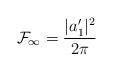
LaTeX: \begin{align*}{\cal {F}}_\infty = \frac{|a'_1|^2}{2\pi}\end{align*}